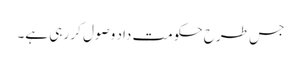
جس طرح حکومت داد وصول کر رہی ہے۔